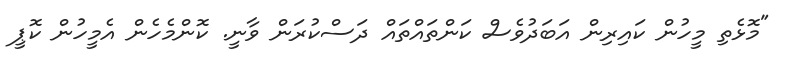
"މޮޅެތި މީހުން ކައިރިން އަބަދުވެސް ކަންތައްތައް ދަސްކުރަން ވާނީ. ކޮންމެހެން އެމީހުން ކޮޕީ